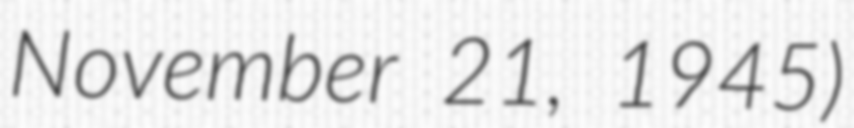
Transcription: November 21, 1945)